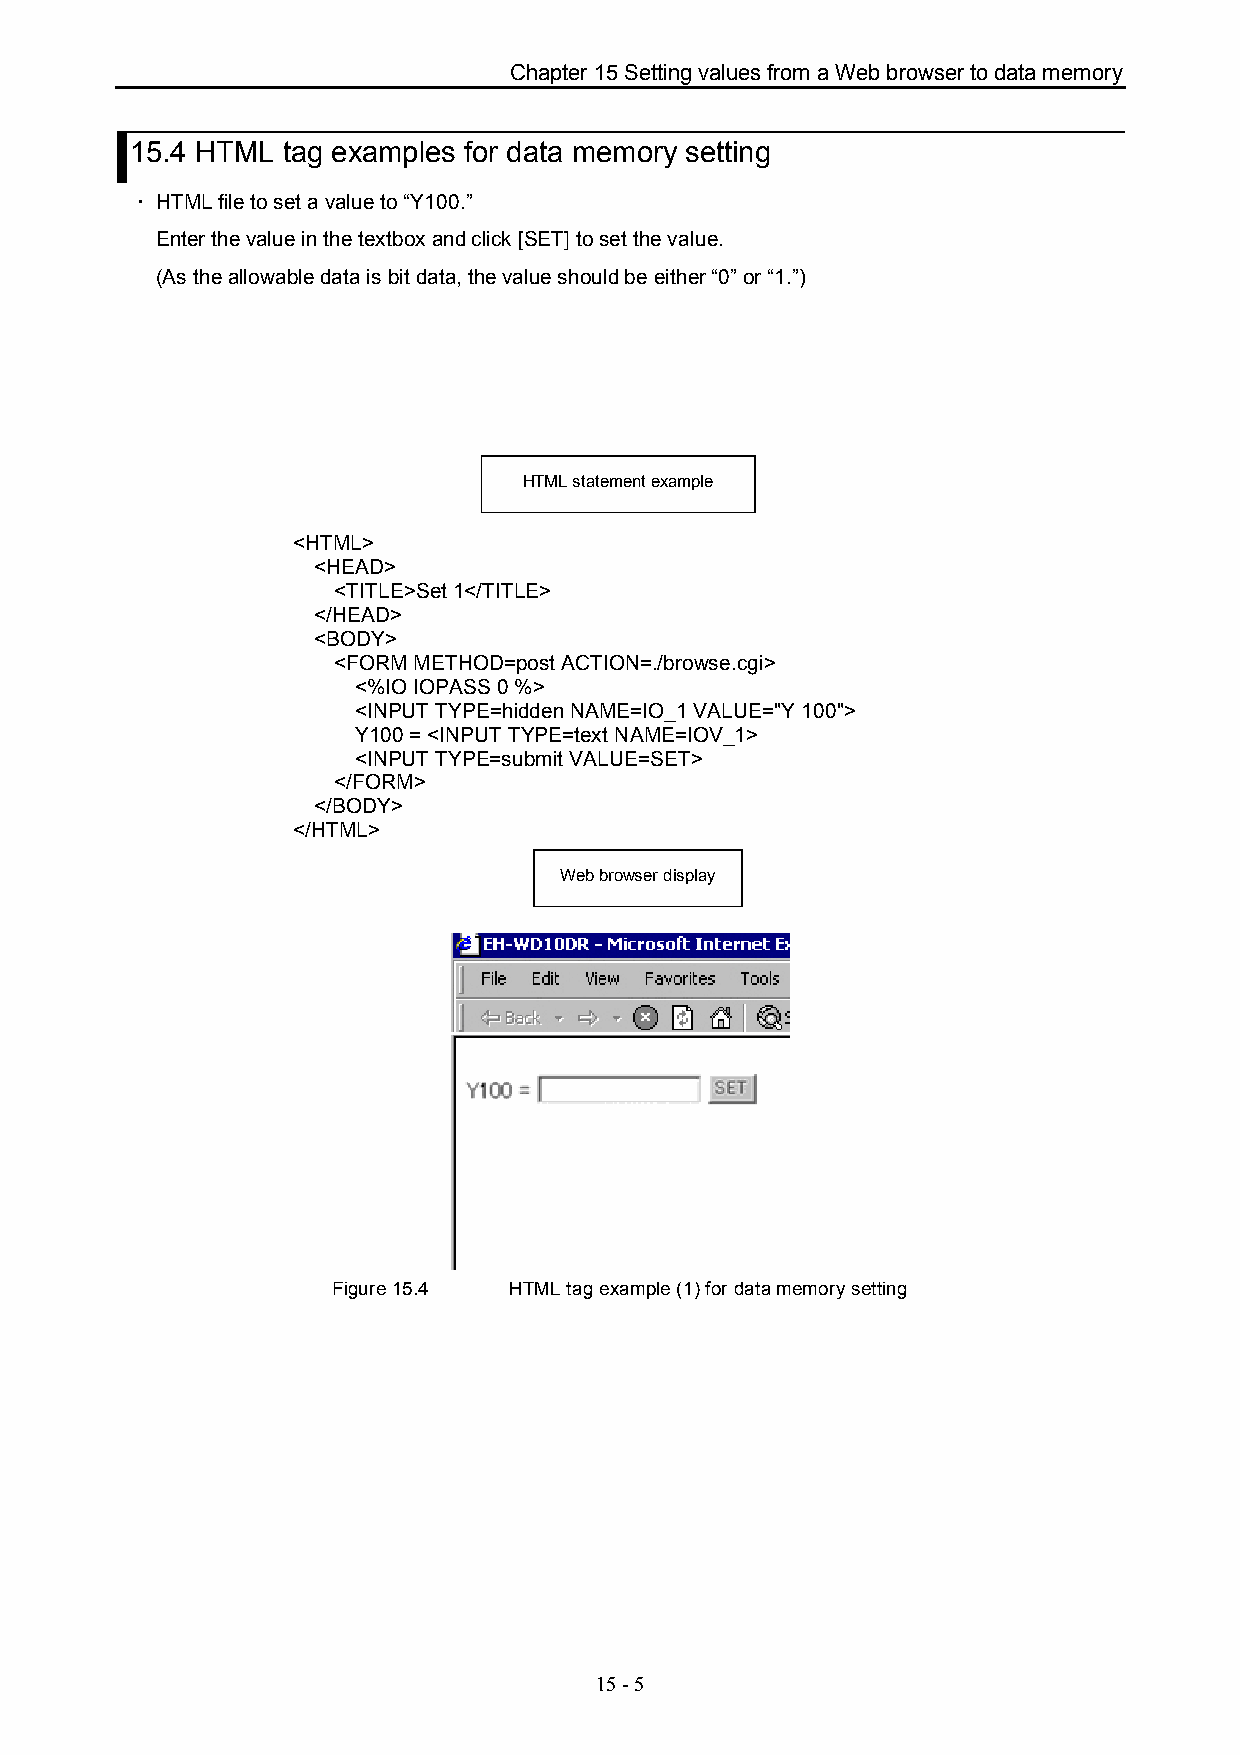
Chapter 15 Setting values from a Web browser to data memory
 15.4 HTML tag examples for data memory setting
 ・ HTML file to set a value to “Y100.”
 Enter the value in the textbox and click [SET] to set the value.
 (As the allowable data is bit data, the value should be either “0” or “1.”)
 HTML statement example
 <HTML>
 <HEAD>
 <TITLE>Set 1</TITLE>
 </HEAD>
 <BODY>
 <FORM METHOD=post ACTION=./browse.cgi>
 <%IO IOPASS 0 %>
 <INPUT TYPE=hidden NAME=IO_1 VALUE="Y 100">
 Y100 = <INPUT TYPE=text NAME=IOV_1>
 <INPUT TYPE=submit VALUE=SET>
 </FORM>
 </BODY>
 </HTML>
 Web browser display
 Figure 15.4 HTML tag example (1) for data memory setting
 15 - 5